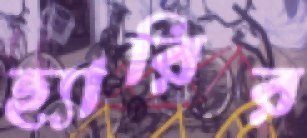
হ্যারির